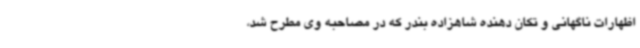
اظهارات ناگهانی و تکان دهنده شاهزاده بندر که در مصاحبه وی مطرح شد،